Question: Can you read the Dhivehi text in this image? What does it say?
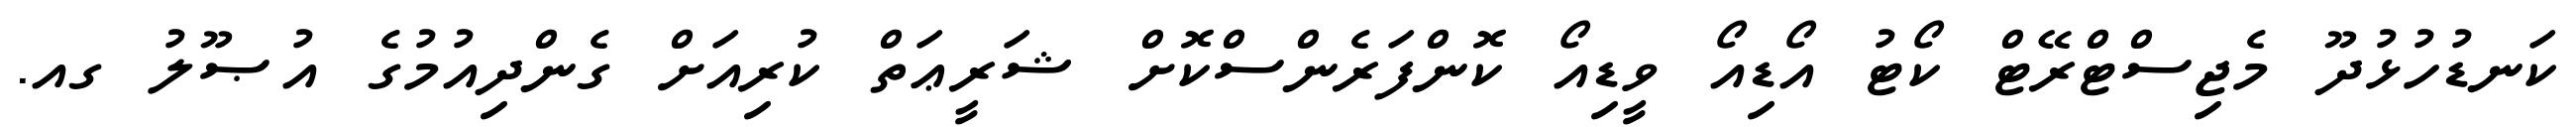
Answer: ކަނޑުހުޅުދޫ މެޖިސްޓްރޭޓް ކޯޓު އޯޑިއޯ ވީޑިއޯ ކޮންފަރެންސްކޮށް ޝަރީޢަތް ކުރިއަށް ގެންދިއުމުގެ އުޞޫލު ގއ.